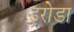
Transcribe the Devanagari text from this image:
इरोडा